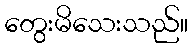
တွေးမိသေးသည်။